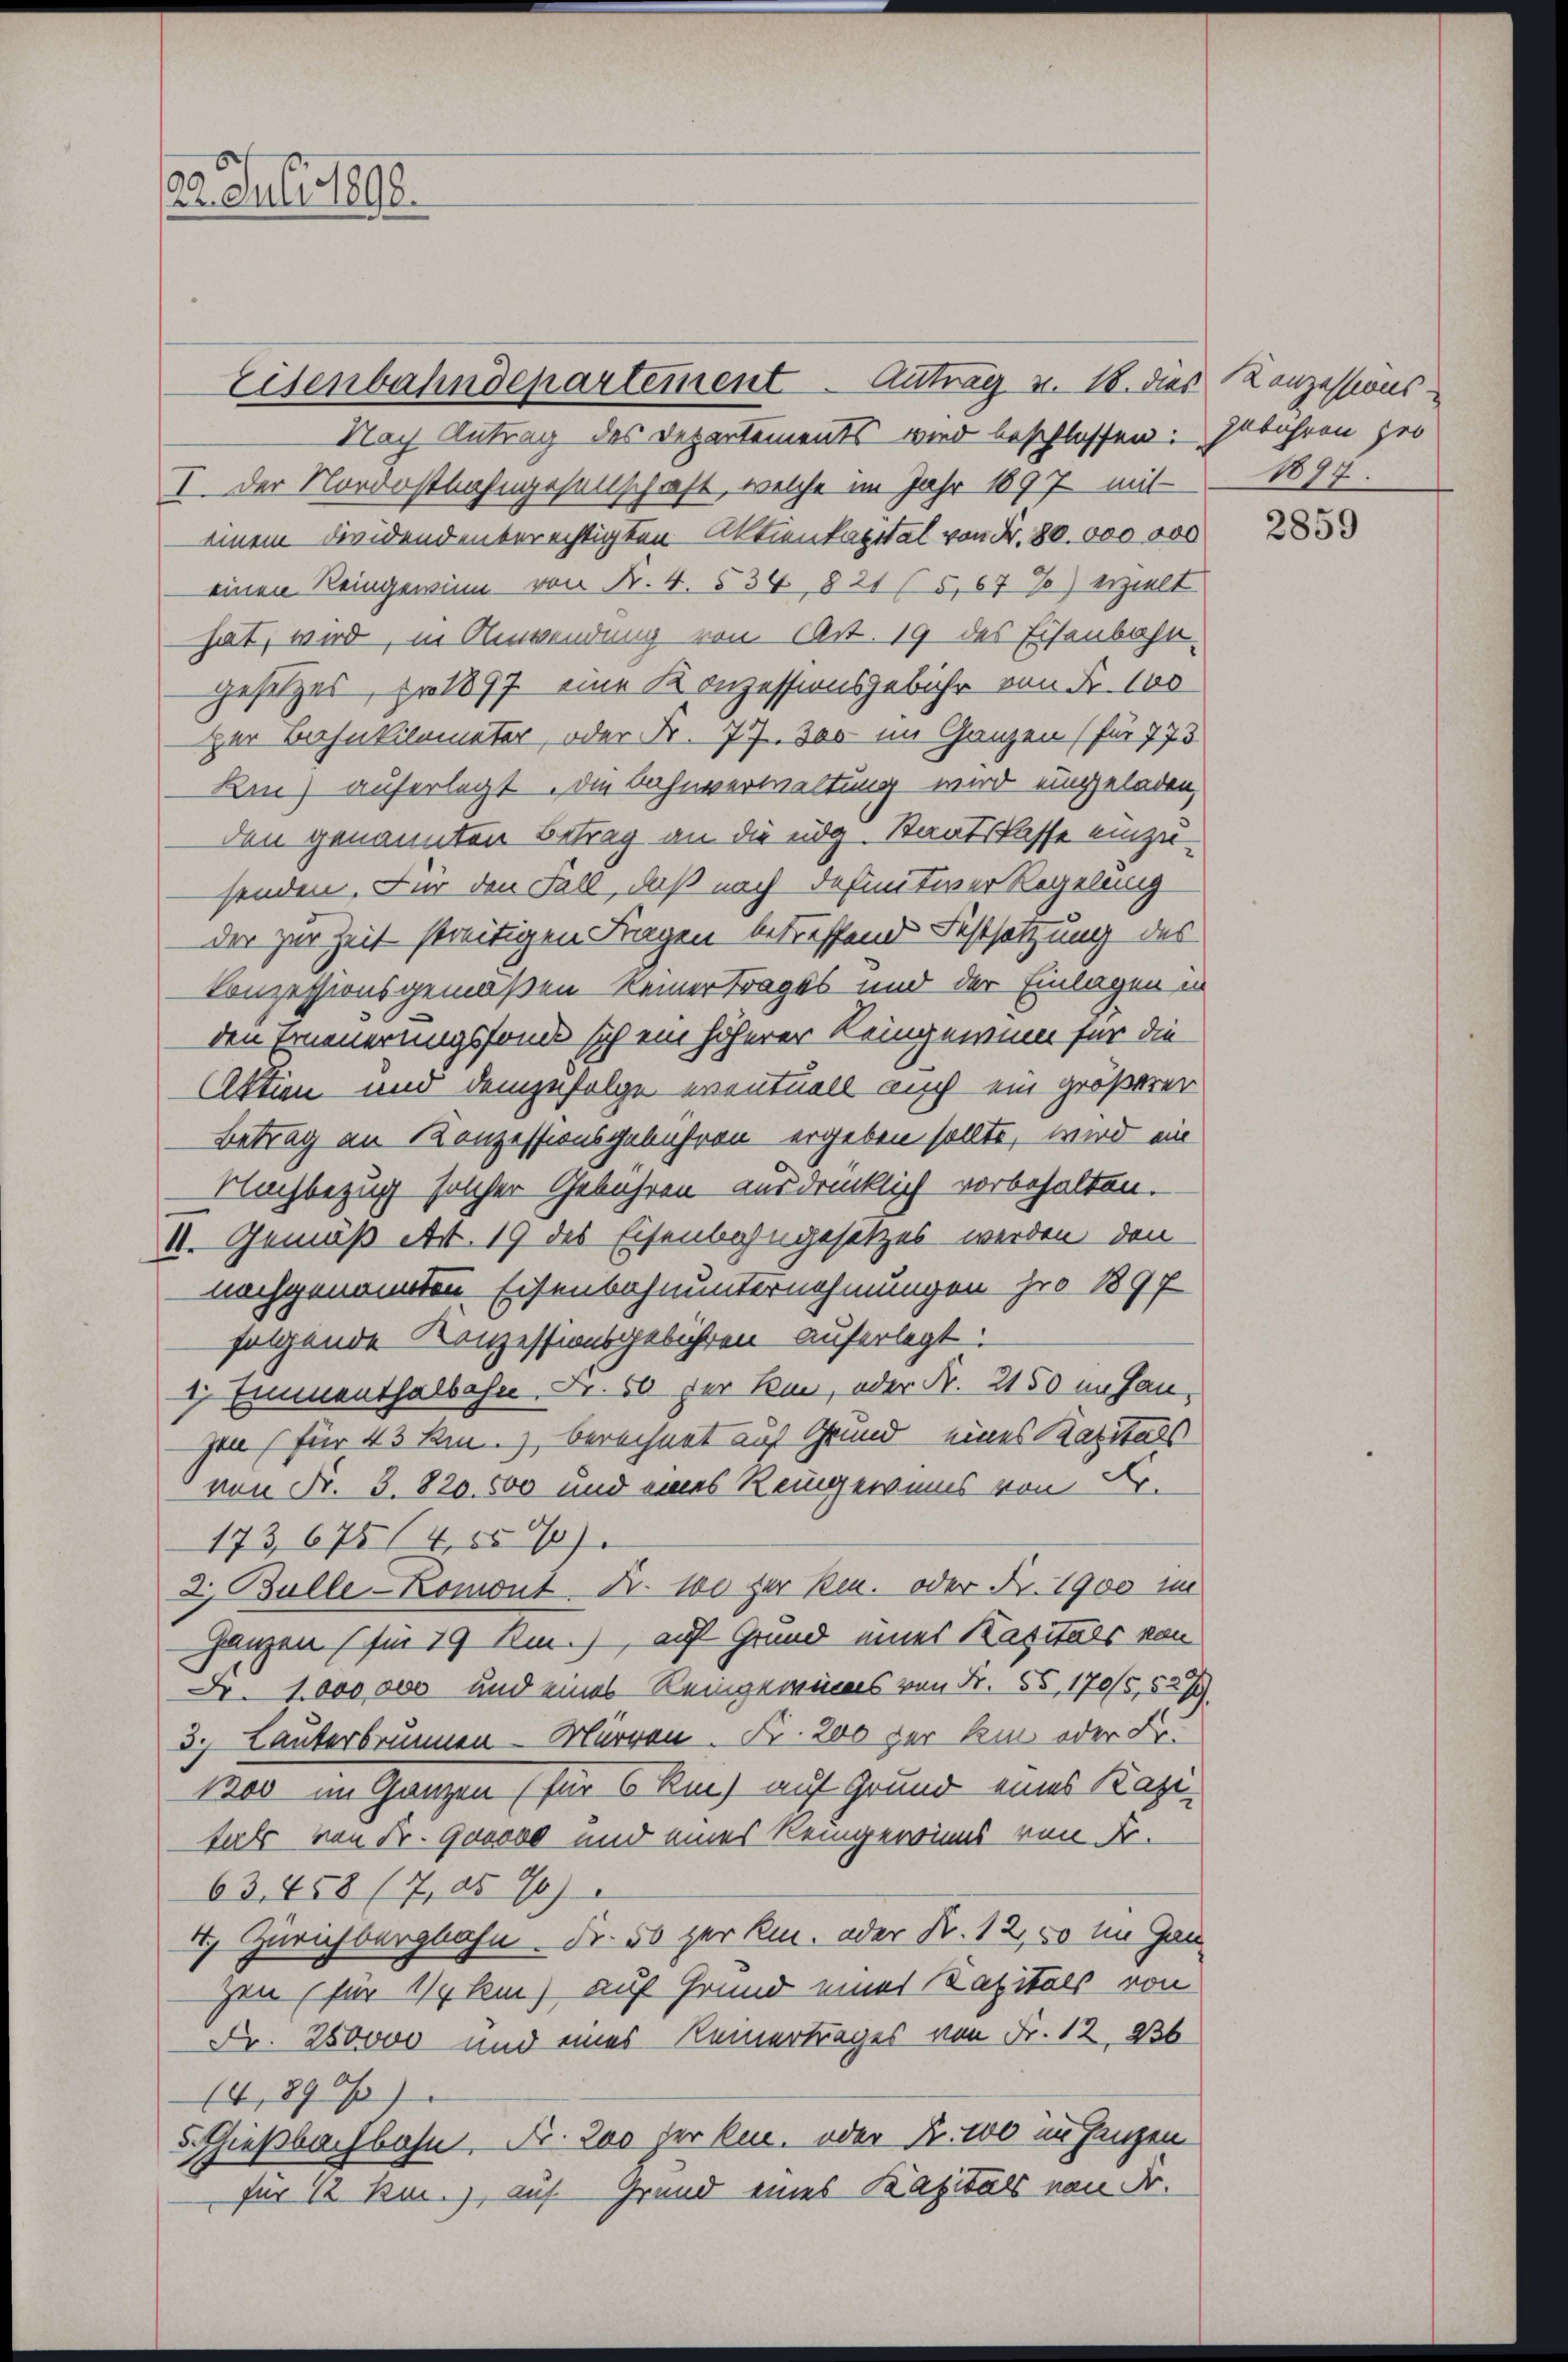
22. Juli 1890.

Eisenbahndepartement. Antrag v. 18. dies Konzessions-
Nach Antrag des Departements wird beschlossen: Gebühren her
I. Der Nordostbahngesellschaft, welche im Jahr 1897 mit 1897
einem dividendenberechtigten Aktienkapital von Fr. 80.000 000
einen Reingewinn von Nr. 4. 534, 821 (5,67%) erzielt
hat, wird, in Anwendung von Art. 19 des Eisenbahn-
Gesetzes, Fr. 1897 eine Konzessionsgebühr von Fr. 100
ger Bahnkilometer, oder Fr. 77. 300 im Ganzen (für 773
Rin) auferlegt. Die Bahnverwaltung wird eingeladen,
den genannten Betrag an die ung. Staatskasse einzusenden. Für den Fall, daß nach definitiver Regelung
der zur Zeit streitigen Fragen betreffend Festsetzung des
Conzessionsgemäßen keiner Trages und der Einlagen in
den Erneuerungsfonde sich ein höherer Reingewinn für die
Aktien und demzufolge eventuell auch ein größerer
Betrag an Konzessionsgebühren ergeben sollte, wird ein
Nachbezug solcher Gebühren ausdrücklich vorbehalten.
II. Gemäß Art. 19 des Eisenbahngesetzes werden, den
nachgenannten Eisenbahnunternehmungen pro 1897
folgende Konzessionsgebühren auferlegt.
1 Emmenthalbahn, Fr. 50 für ken, oder Fr. 2150 im Hanzen (für 43 km.), berechnet auf Grund eines Kapitals
von Nr. 3. 820. 500 und eines Reingewinns von Sr.
173, 675 (4,550)
2. Bulle-Komont Fr. 100 für ken. oder Fr. 1900 im
Ganzen (für 19 Rm.), auf Grund eines Kapitals von
Fr. 1000000 und eines Reingewinns von Fr. 55, 170/5,527.
3. Lauterbrunnen Mürren Fr. 200 her kein oder Fr.
1200 im Ganzen (für 6 Rm) auf Grund eines Kapiterte von Fr. Genove und eines Reingewinns von Fr.
63. 458 (7, as 96)
4., Zürichbergbahn. Fr. 50 per k. oder Fr. 12, 50 im Gan
Zin (für 1/4 km) auf Grund einer Kapitals von
Fr. 280000 und eines Reinertrages von Fr. 12, 236
(4,890/
5 Gießbachbahn. Fr. 200 der kann, oder Fr. 100 im Ganzen
für 12 km.), auf Grund eines Kapitals von Fr.

2859